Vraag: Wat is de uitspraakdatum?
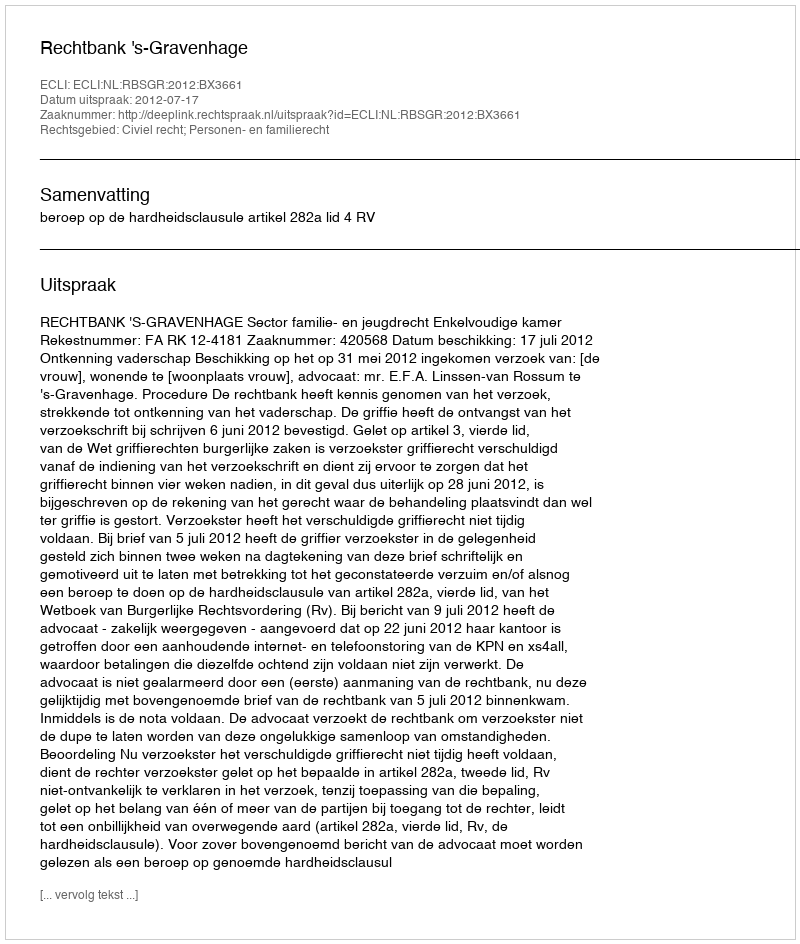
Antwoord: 2012-07-17